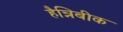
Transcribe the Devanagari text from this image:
हैन्निबीक